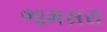
ભામસરા